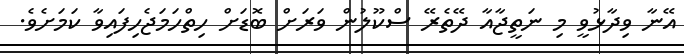
އޭނާ ވިދާޅުވީ މި ނަތީޖާއާ ދޭތެރޭ ސްކޫލުން ވަރަށް ބޮޑަށް ހިތްހަމަޖެހިފައިވާ ކަމަށެވެ.